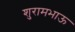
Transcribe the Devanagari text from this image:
शुरामभाऊ